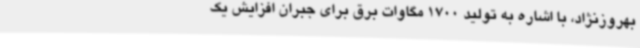
بهروزنژاد، با اشاره به تولید 1700 مگاوات برق برای جبران افزایش یک